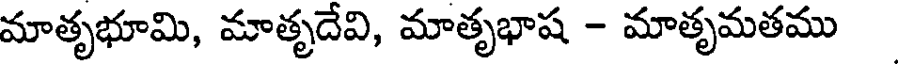
మాతృభూమి, మాతృదేవి, మాతృభాష - మాతృమతము